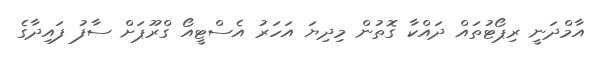
އާމްދަނީ ރިޕޯޓުތައް ދައްކާ ގޮތުން މިދިޔަ އަހަރު އެސްޓީއޯ ގްރޫޕަށް ސާފު ފައިދާގެ